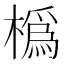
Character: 𪳵